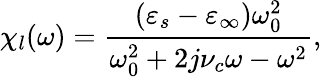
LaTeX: \chi_{l}(\omega)=\frac{(\varepsilon_{s}-\varepsilon_{\infty})\omega_{0}^{2}}{\omega_{0}^{2}+2j\nu_{c}\omega-\omega^{2}},